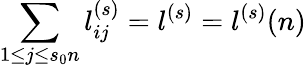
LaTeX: \sum_{1\le j\le s_{0}n}l_{ij}^{(s)}=l^{(s)}=l^{(s)}(n)